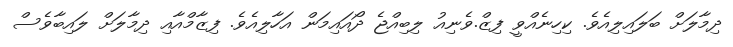
ދިމާލަށް ބަލައިލިއެވެ. ކިހިނެއްވީ ފިޒް.ވެނިއު ލިބިއްޖެ ދޯއައިމަން އަހާލިއެވެ. ފިޒާމްއާއި ދިމާލަށް ލައިބާވެސް